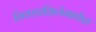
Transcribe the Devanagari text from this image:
निवडप्रक्रियेमार्फत